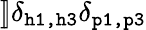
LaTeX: ]\! ]\delta_{\texttt{h1,h3}}\delta_{\texttt{p1,p3}}